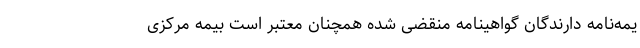
یمه‌نامه دارندگان گواهینامه منقضی‌ شده همچنان معتبر است بیمه مرکزی